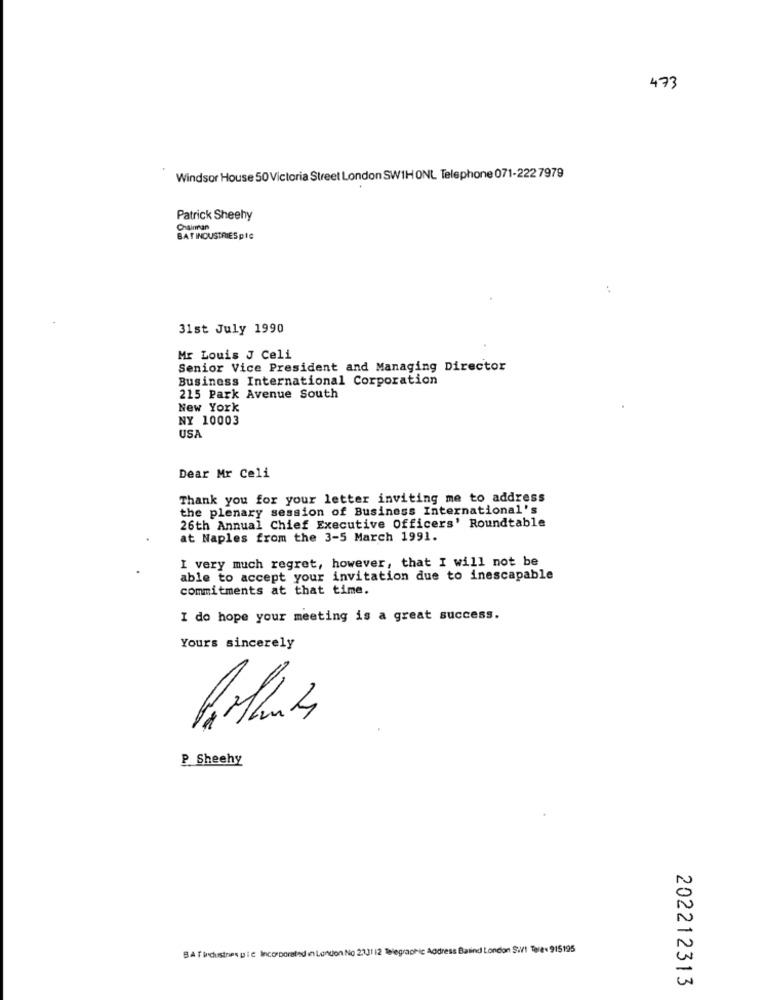
473
Windsor House 50 Victoria Street London SW1H ONL Telephone 071-222 7979
Patrick Sheehy
Chairman
BATINOUSTRIESple
...
31st July 1990
Mr Louis J Celi
Senior Vice President and Managing Director
Business International Corporation
215 Park Avenue South
New York
NY 10003
USA
Dear Mr Celi
Thank you for your letter inviting me to address
the plenary session of Business International's
26th Annual Chief Executive Officers' Roundtable
at Naples from the 3-5 March 1991.
I very much regret, however, that I will not be
able to accept your invitation due to inescapable
commitments at that time.
I do hope your meeting is a great success.
Yours sincerely
P Sheehy
BATIdustries pie Incorporated inLondon.No 2331 12 Telegraphic Address Basind London SW! Tere 915195
202212313